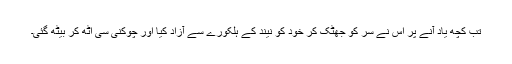
تب کچھ یاد آنے پر اس نے سر کو جھٹک کر خود کو نیند کے ہلکورے سے آزاد کیا اور چوکنی سی اٹھ کر بیٹھ گئی۔